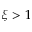
\xi > 1